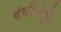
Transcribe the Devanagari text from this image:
बंकीसेट्टी